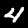
Label: 4